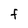
Character: F